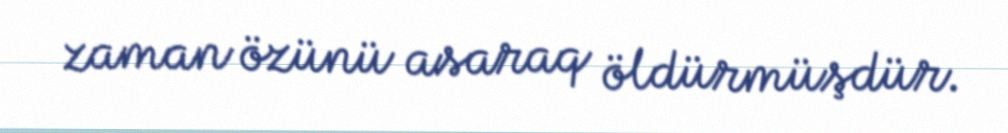
zaman özünü asaraq öldürmüşdür.